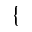
\{